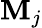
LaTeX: \mathbf{M}_{j}